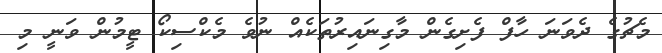
މެޗުގެ ދެވަނަ ހާފް ފެށިގެން މާގިނައިރުތަކެއް ނުވެ މެކްސިކޯ ޓީމުން ވަނީ މި